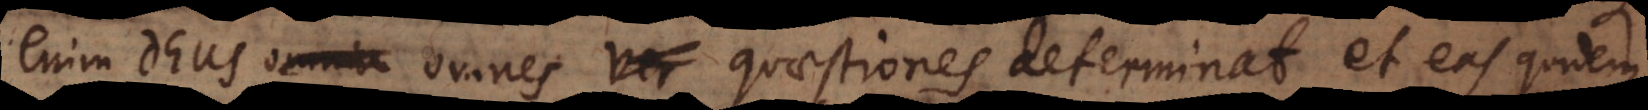
enim Deuomnia omnes ver quaestiones es determinat, et eas quidem